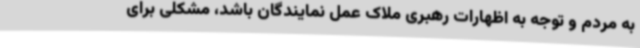
به مردم و توجه به اظهارات رهبری ملاک عمل نمایندگان باشد، مشکلی برای